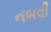
નબવી